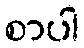
စာပါ